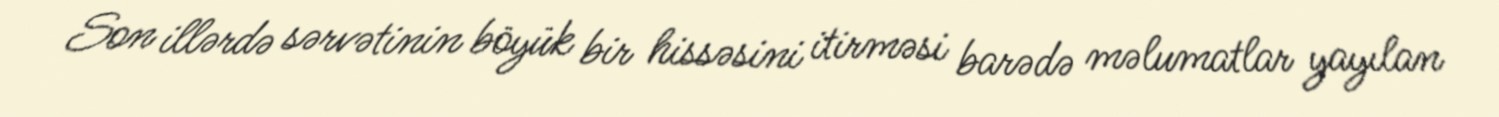
Son illərdə sərvətinin böyük bir hissəsini itirməsi barədə məlumatlar yayılan